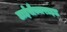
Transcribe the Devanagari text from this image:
डाईसैच्चराइड